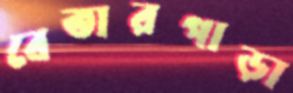
বেতারপাড়া